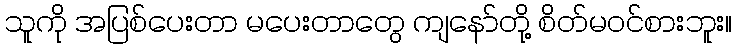
သူကို အပြစ်ပေးတာ မပေးတာတွေ ကျနော်တို့ စိတ်မဝင်စားဘူး။